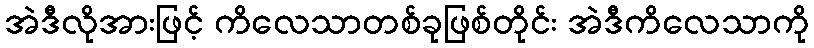
အဲဒီလိုအားဖြင့် ကိလေသာတစ်ခုဖြစ်တိုင်း အဲဒီကိလေသာကို